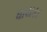
ધાયકા